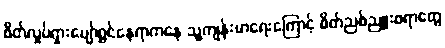
စိတ်လှုပ်ရှားပျော်ရွှင်နေရာကနေ သူ့ကျန်းမာရေးကြောင့် စိတ်ညစ်ညူးစရာတွေ